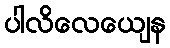
ပါလိလေယျေန